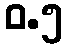
ဝ.၅